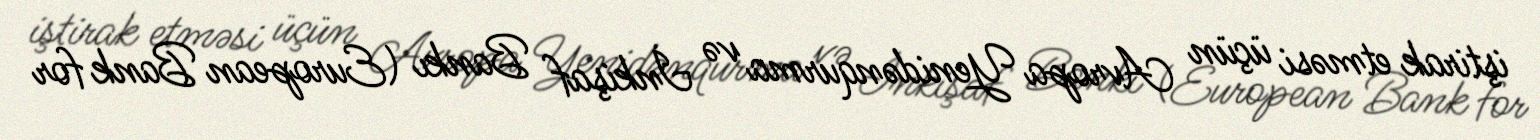
iştirak etməsi üçün Avropa Yenidənqurma və İnkişaf Bankı (European Bank for